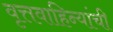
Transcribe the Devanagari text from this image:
वृत्तवाहिन्यांची